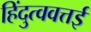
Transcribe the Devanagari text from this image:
हिंदुत्ववत्तई